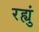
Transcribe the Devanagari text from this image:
रह्युं